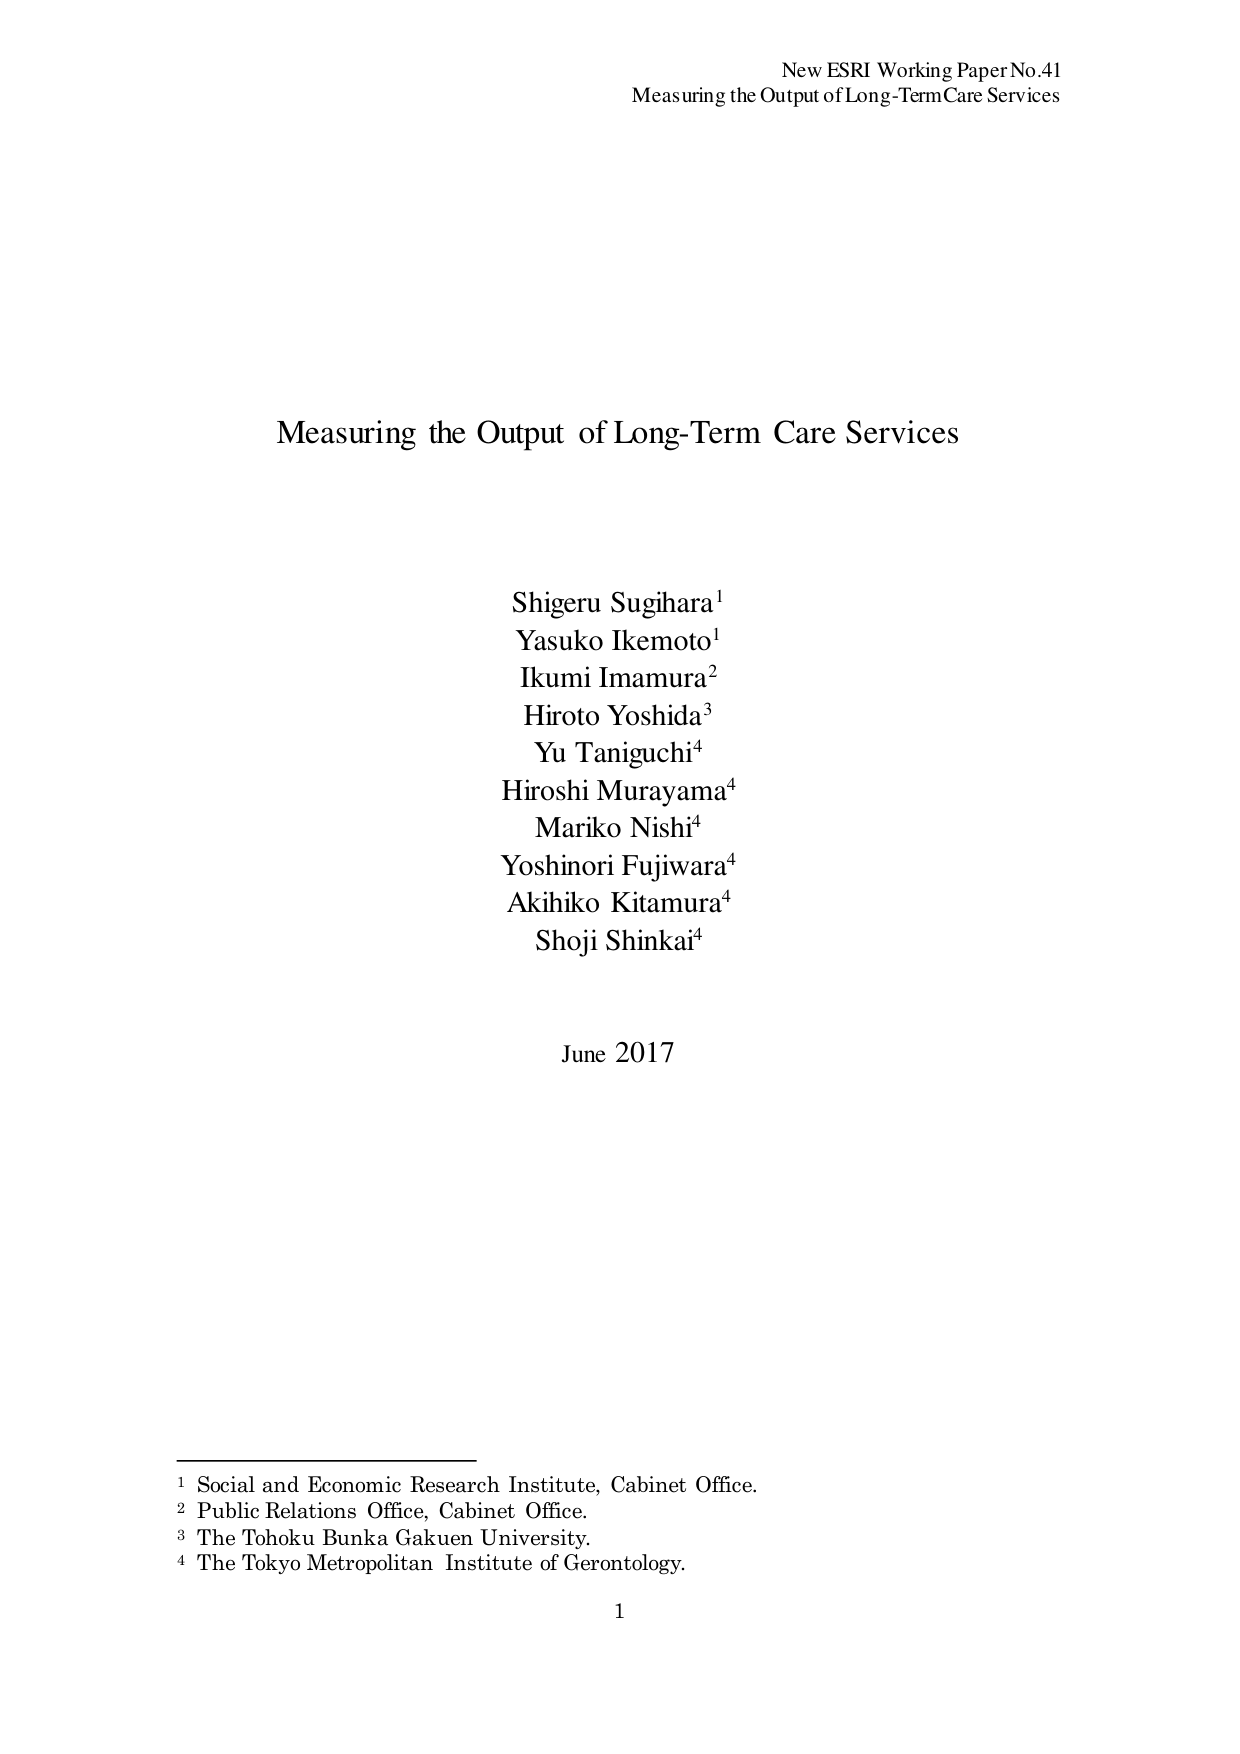
New ESRI Working Paper No.41
Measuring the Output of Long-Term Care Services

Measuring the Output of Long-Term Care Services

Shigeru Sugihara¹
Yasuko Ikemoto¹
Ikumi Imamura²
Hiroto Yoshida³
Yu Taniguchi⁴
Hiroshi Murayama⁴
Mariko Nishi⁴
Yoshinori Fujiwara⁴
Akihiko Kitamura⁴
Shoji Shinkai⁴

June 2017

¹ Social and Economic Research Institute, Cabinet Office.
² Public Relations Office, Cabinet Office.
³ The Tohoku Bunka Gakuen University.
⁴ The Tokyo Metropolitan Institute of Gerontology.

1